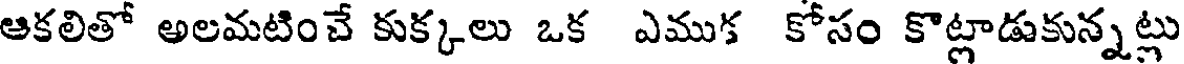
ఆకలితో అలమటించే కుక్కలు ఒక ఎముక కోసం కొట్లాడుకున్నట్లు